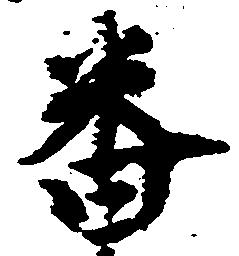
番